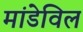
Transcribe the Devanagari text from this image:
मांडेविल